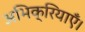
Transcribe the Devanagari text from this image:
अभिक्रियाएँ।